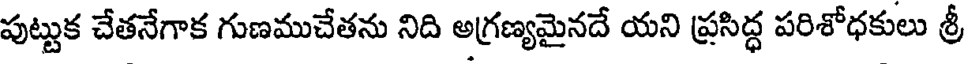
పుట్టుక చేతనేగాక గుణముచేతను నిది అగ్రణ్యమైనదే యని ప్రసిద్ధ పరిశోధకులు శ్రీ